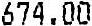
674.00